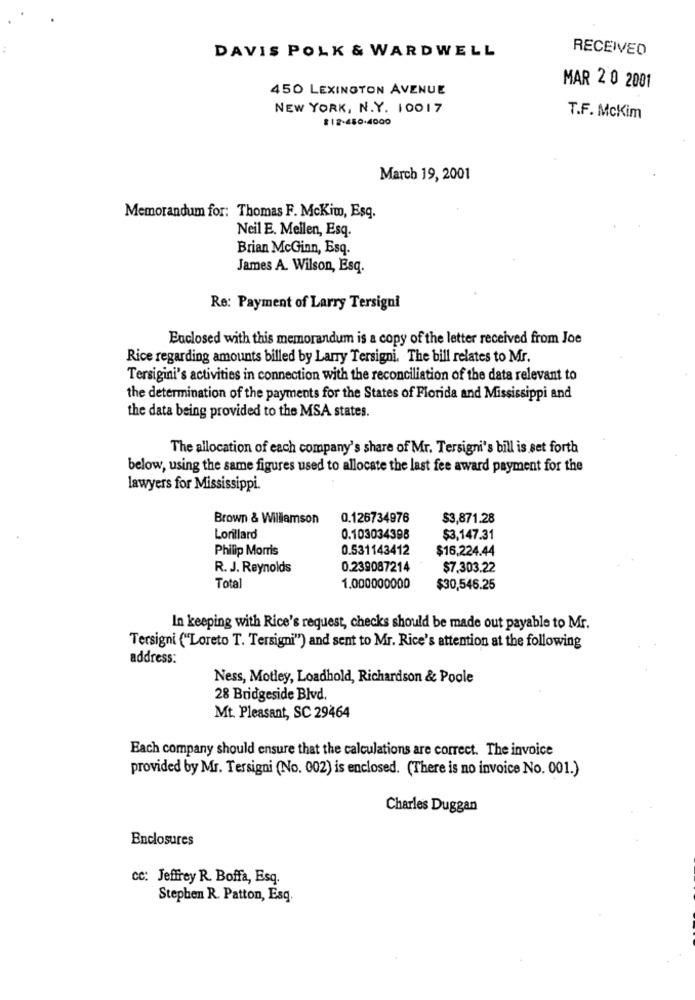
DAVIS POLK & WARDWELL
RECEIVED
450 LEXINGTON AVENUE
MAR 2 0 2001
NEW YORK, N.Y. 10017
#12-450-4000
T.F. Mckim
March 19, 2001
Memorandum for: Thomas F. McKino, Esq.
Neil E. Mellen, Esq.
Brian McGinn, Esq.
James A. Wilson, Esq.
Re: Payment of Larry Tersigni
Enclosed with this memorandum is a copy of the letter received from Joe
Rice regarding amounts billed by Larry Tersigni. The bill relates to Mr.
Tersigini's activities in connection with the reconciliation of the data relevant to
the determination of the payments for the States of Florida and Mississippi and
the data being provided to the MSA states.
The allocation of each company's share of Mr. Tersigni's bill is set forth
below, using the same figures used to allocate the last fee award payment for the
lawyers for Mississippi.
Brown & Williamson
0.126734976
$3,871.28
Lorillard
0.103034398
$3,147.31
Philip Morris
0.531143412
$16,224.44
R. J. Reynolds
0.239087214
$7.303.22
Total
1.000000000
$30,546.25
In keeping with Rice's request, checks should be made out payable to Mr.
Tersigni ("Loreto T. Tersigni") and sent to Mr. Rice's attention at the following
address:
Ness, Motley, Loadhold, Richardson & Poole
28 Bridgeside Blvd.
Mt. Pleasant, SC 29464
Each company should ensure that the calculations are correct. The invoice
provided by Mr. Tersigni (No. 002) is enclosed. (There is no invoice No. 001.)
Charles Duggan
Enclosures
CC: Jeffrey R. Boffa, Esq.
Stephen R. Patton, Esq.